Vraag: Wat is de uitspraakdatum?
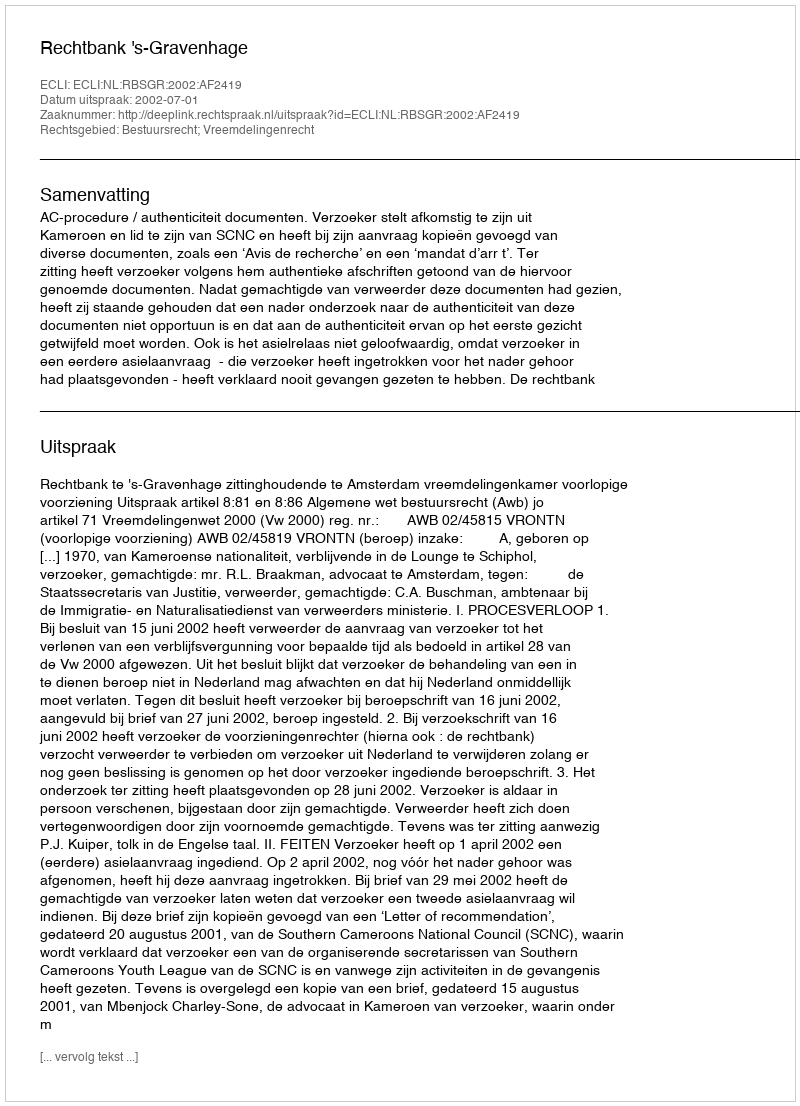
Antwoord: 2002-07-01